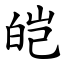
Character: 皑